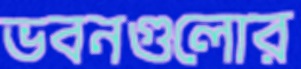
ভবনগুলোর